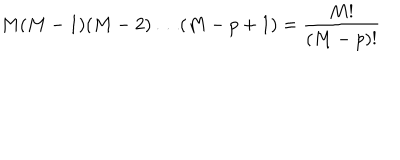
M ( M - 1 ) ( M - 2 ) \ldots ( M - p + 1 ) = \frac { M ! } { ( M - p ) ! }